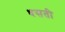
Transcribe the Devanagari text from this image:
धसती